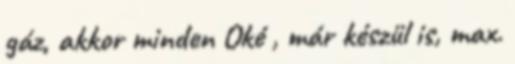
gáz, akkor minden Oké , már készül is, max.